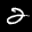
Label: 2